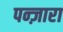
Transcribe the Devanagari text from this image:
पन्ज़ारा